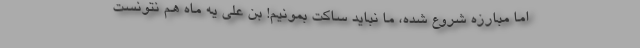
اما مبارزه شروع شده، ما نباید ساکت بمونیم! بن علی یه ماه هم نتونست